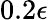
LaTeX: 0.2\epsilon